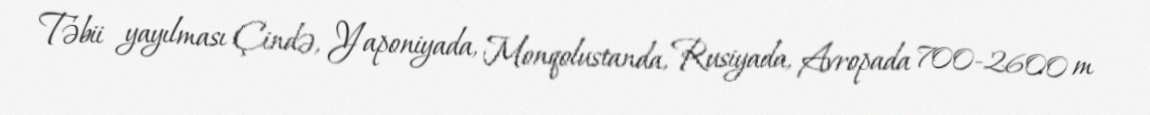
Təbii yayılması Çində, Yaponiyada, Monqolustanda, Rusiyada, Avropada 700-2600 m